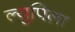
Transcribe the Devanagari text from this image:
ल्युपिला